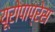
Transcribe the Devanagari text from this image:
यूरोपाप्रेस